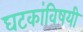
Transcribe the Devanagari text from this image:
घटकांविषयी